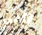
التي